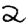
Digit: 2